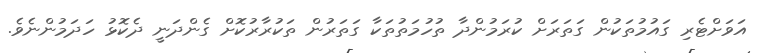
އަވަށްޓެރި ގައުމުތަކުން ގަތަރަށް ކުރަމުންދާ ތުހުމަތުތަކާ ގަތަރުން ތަކުރާރުކޮށް ގެންދަނީ ދެކޮޅު ހަދަމުންނެވެ.